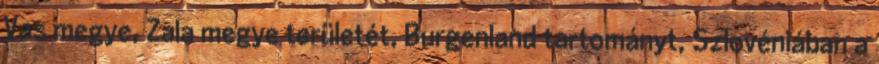
Vas megye, Zala megye területét, Burgenland tartományt, Szlovéniában a